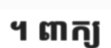
។ ពាក្យ